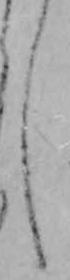
し